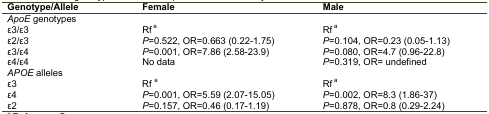
| Genotype/Allele | Female | Male |
 | --- | --- | --- |
 | ApoE genotypes |  |  |
 | ε3/ε3 | Rfa | Rfa |
 | ε2/ε3 | P=0.522, OR=0.663 (0.22-1.75) | P=0.104, OR=0.23 (0.05-1.13) |
 | ε3/ε4 | P=0.001, OR=7.86 (2.58-23.9) | P=0.080, OR=4.7 (0.96-22.8) |
 | ε4/ε4 | No data | P=0.319, OR= undefined |
 | APOE alleles |  |  |
 | ε3 | Rfa | Rfa |
 | ε4 | P=0.001, OR=5.59 (2.07-15.05) | P=0.002, OR=8.3 (1.86-37) |
 | ε2 | P=0.157, OR=0.46 (0.17-1.19) | P=0.878, OR=0.8 (0.29-2.24) |